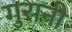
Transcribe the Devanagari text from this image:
गुरानी